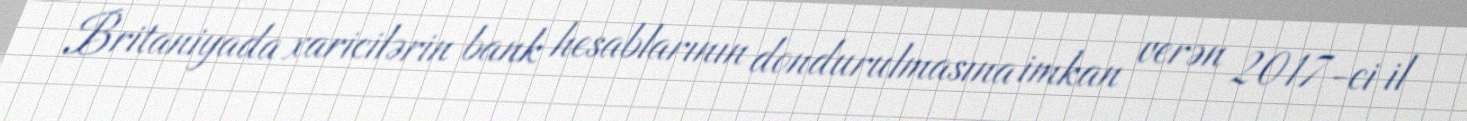
Britaniyada xaricilərin bank hesablarının dondurulmasına imkan verən 2017-ci il